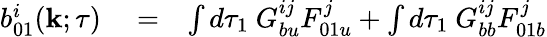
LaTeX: \begin{array}{rlr}{b_{01}^{i}({\mathbf{k}};\tau)}&{{}=}&{\int d\tau_{1}\ G_{bu}^{ij}F_{01u}^{j}+\int d\tau_{1}\ G_{bb}^{ij}F_{01b}^{j}}\end{array}